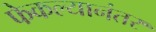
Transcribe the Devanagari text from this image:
फेकल्यानंतर